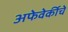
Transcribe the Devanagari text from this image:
अफेवेर्कीचे